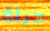
جيئة